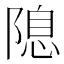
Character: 𨻁